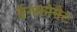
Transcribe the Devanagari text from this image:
बैंनकोमैट